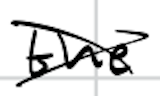
Text: the
Cross-out: cross
Writing tool: digital_black